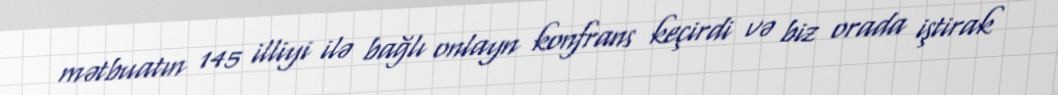
mətbuatın 145 illiyi ilə bağlı onlayn konfrans keçirdi və biz orada iştirak